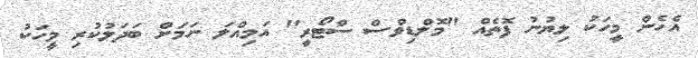
އެހެން މީހަކު ލިޔުނު ފޮތެއް "މޮލްޑިވްސް ސްޓޯރީ" އަމިއްލަ ނަމަށް ބަދަލުކުރި މީހަކު